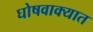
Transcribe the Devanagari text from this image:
घोषवाक्यात